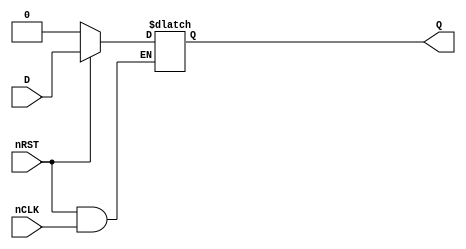
module GP_DLATCHR_1(input D, input nCLK, input nRST, output reg Q);
	parameter [0:0] INIT = 1'bx;
	initial Q = INIT;
	always @(*) begin
		if(!nRST)
			Q <= 1'b0;
		else if(!nCLK)
			Q <= D;
	end
endmodule